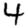
Digit: 4